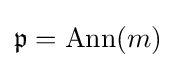
{\mathfrak {p}}=\operatorname {Ann} (m)